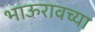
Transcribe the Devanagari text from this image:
भाऊरावच्या